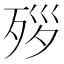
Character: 𪵃